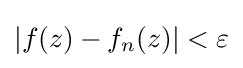
|f(z)-f_{n}(z)|<\varepsilon